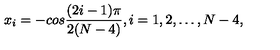
x _ { i } = - c o s { \frac { ( 2 i - 1 ) \pi } { 2 ( N - 4 ) } } , i = 1 , 2 , \dots , N - 4 ,